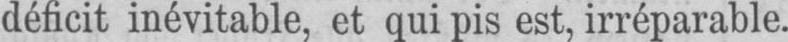
déficit inévitable, et qui pis est, irréparable.